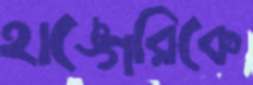
হাঙ্গেরিকে